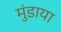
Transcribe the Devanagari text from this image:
मुंडाया